Insane asylums in Bengal annual reports 1867-1875 - 1867-1875
Year: 1867
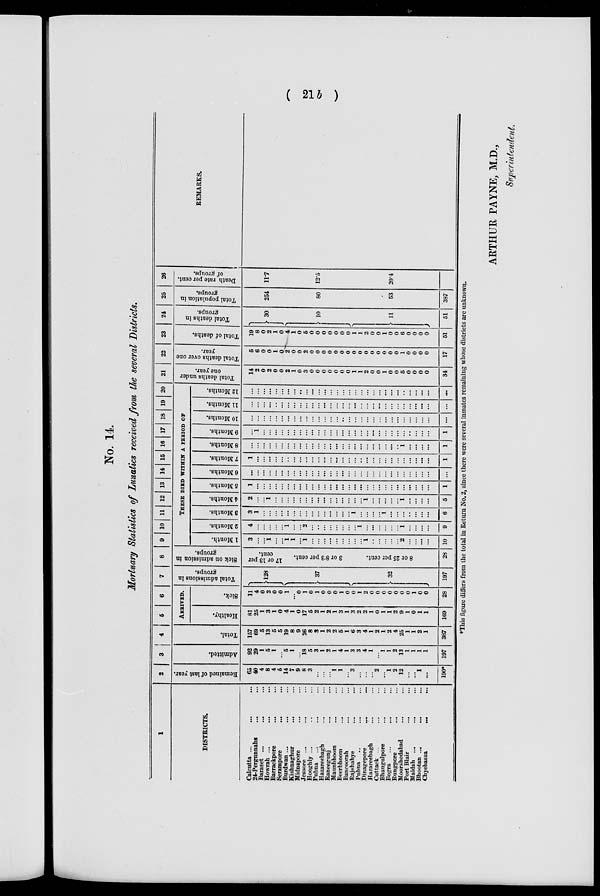
( 21 b )
No. 14.
Mortuary Statistics of Lunatics received from the several Districts.
1
DISTRICTS.
Calcutta ...
... ...
24-Pergunnahs
... ...
Baraset ...
... ...
Howrah ...
... ...
Barrackpore
... ...
Serampore
...
...
Burdwan ...
... ...
Kishnaghur
... ...
Midnapore
... ...
Jessore ...
... ...
Hooghly ... ... ...
Pubna
...
... ...
Hazareebagh ... ...
Raneegunj
... ...
Maunbhoom ... ...
Beerbhoom
... ...
Bancoorah ... ...
Rajshahye
... ...
Pubna ... ... ...
Dinagepore
...
...
Hazareebagh ... ...
Cuttack ... ... ...
Bhaugulpore ... ...
Bogra ... ... ...
Rungpore ... ...
Moorshedabad ... ...
Port Blair ... ...
Maldah ... ... ...
Bhootan ...
... ...
Chyebassa
...
...
2
Remained of last year.
65
40
4
8
4
5
14
7
9
8
3
...
...
...
1
1
...
3
...
...
...
2
...
1
2
12
...
...
1
...
190*
3
Admitted.
92
29
1
5
1
...
5
1
...
18
5
3
1
2
1
4
1
3
3
4
1
...
1
1
2
13
1
1
1
1
197
4
Total.
157
69
5
13
5
5
19
8
9
26
8
3
1
2
2
5
1
6
3
4
1
2
1
2
4
25
1
1
2
1
387
5
6
ARRIVED.
Healthy.
81
25
1
3
1
0
4
1
0
17
5
2
1
2
1
3
1
3
2
2
1
0
1
1
2
9
1
0
1
1
169
Sick.
11
4
0
2
0
0
1
...
0
1
0
1
0
0
0
1
0
0
1
2
0
0
0
0
0
0
0
1
0
0
28
7
Total admissions in
groups.
128
37
32
197
8
S ick on admission in
groups.
17 or 13 per
cent.
3 or 8.3 per cent.
8 or 25 per cent.
28
9 10 11 12 13 14 15 16 17 18 19 20
THESE DIED WITHIN A PERIOD OF
1 Month.
3
...
...
1
...
...
1
1
...
1
...
...
...
...
...
...
...
...
...
1
...
...
...
...
...
2
...
...
...
...
10
2 Months.
4
...
...
...
...
...
1
...
...
2
...
...
...
...
...
...
...
...
1
...
...
...
...
...
...
1
...
...
...
...
9
3 Months.
3
1
...
...
...
...
...
...
...
...
...
...
...
...
...
...
...
1
...
...
...
...
1
...
...
...
...
...
...
...
6
4 Months.
2
...
...
1
...
...
...
...
...
...
...
...
...
...
...
...
...
...
...
1
...
...
...
...
...
1
...
...
...
...
5
5 Months.
1
...
...
...
...
...
...
...
...
...
...
...
...
...
...
...
...
...
...
...
...
...
...
...
...
...
...
...
...
...
1
6 Months.
...
...
...
...
...
...
...
...
...
...
...
...
...
...
...
...
...
...
...
...
...
...
...
...
...
...
...
...
...
...
...
7 Months.
1
...
...
...
...
...
...
...
...
...
...
...
...
...
...
...
...
...
...
...
...
...
...
...
...
...
...
...
...
...
1
8 Months.
...
...
...
...
...
...
...
...
...
...
...
...
...
...
...
...
...
...
...
...
...
...
...
...
...
1
...
...
...
...
1
9 Months.
...
1
...
...
...
...
...
...
...
...
...
...
...
...
...
...
...
...
...
...
...
...
...
...
...
...
...
...
...
...
1
10 Months.
...
...
...
...
...
...
...
...
...
...
...
...
...
...
...
...
...
...
...
...
...
...
...
...
...
...
...
...
...
...
...
11 Months.
...
...
...
...
...
...
...
...
...
...
...
...
...
...
...
...
...
...
...
...
...
...
...
...
...
...
...
...
...
...
...
12 Months.
...
...
...
...
...
...
...
...
...
...
...
...
...
...
...
...
...
...
...
...
...
...
...
...
...
...
...
...
...
...
...
21
Total deaths under
one year.
14
2
0
2
0
0
2
1
0
3
0
0
0
0
0
0
0
1
1
2
0
0
1
0
0
5
0
0
0
0
34
22
Total deaths over one
year.
5
6
0
0
1
0
2
0
0
2
0
0
0
0
0
0
0
0
0
0
0
0
0
0
0
1
0
0
0
0
17
23
Total of deaths.
19
8
0
2
1
0
4
1
0
5
0
0
0
0
0
0
0
1
1
2
0
0
1
0
0
6
0
0
0
0
51
24
Total deaths in
groups.
30
10
11
51
25
Total population in
groups.
254
80
53
387
26
Death rate per cent.
of groups.
11.7
12.5
20.4
REMARKS.
*This figure differs from the total in Return No. 2, since there were several inmates remaining whose districts are unknown.
ARTHUR PAYNE, M.D.,
Superintendent.